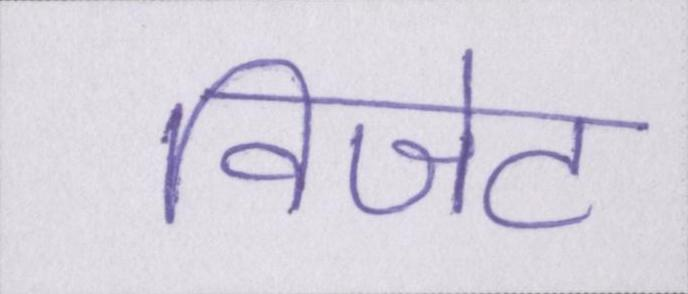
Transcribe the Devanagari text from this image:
विजेट